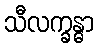
သီလက္ခန္ဓာ